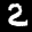
Label: 2